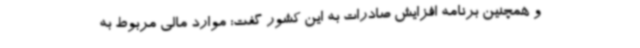
و همچنین برنامه افزایش صادرات به این کشور گفت: موارد مالی مربوط به